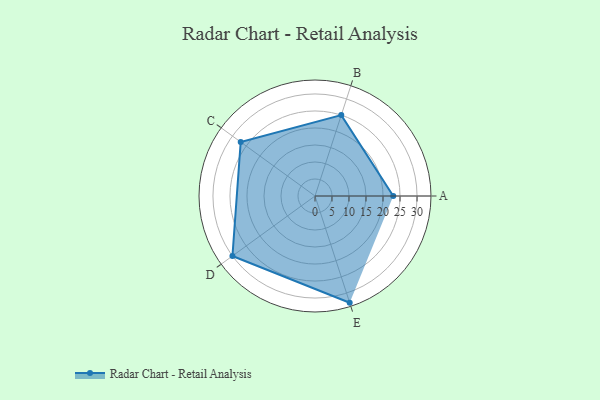
{"axis": {"x": "Skill", "y": "Score"}, "legend": ["Profile"], "data": [{"x": "A", "y": 23.0, "type": "Profile"}, {"x": "B", "y": 25.0, "type": "Profile"}, {"x": "C", "y": 27.0, "type": "Profile"}, {"x": "D", "y": 30.0, "type": "Profile"}, {"x": "E", "y": 33.0, "type": "Profile"}]}